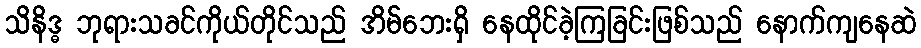
သိနိဒ္ဓ ဘုရားသခင်ကိုယ်တိုင်သည် အိမ်ဘေးရှိ နေထိုင်ခဲ့ကြခြင်းဖြစ်သည် နောက်ကျနေဆဲ